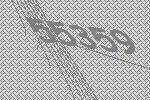
55359